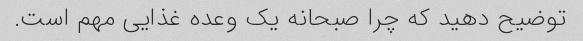
توضیح دهید که چرا صبحانه یک وعده غذایی مهم است.